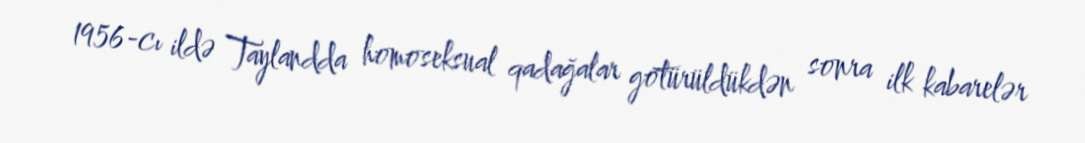
1956-cı ildə Taylandda homoseksual qadağalar götürüldükdən sonra ilk kabarelər